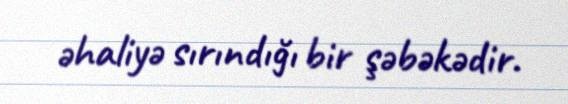
əhaliyə sırındığı bir şəbəkədir.